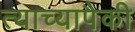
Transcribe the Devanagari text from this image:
त्याच्यापैकी